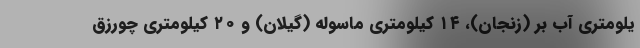
یلومتری آب بر (زنجان)، ۱۴ کیلومتری ماسوله (گیلان) و ۲۰ کیلومتری چورزق